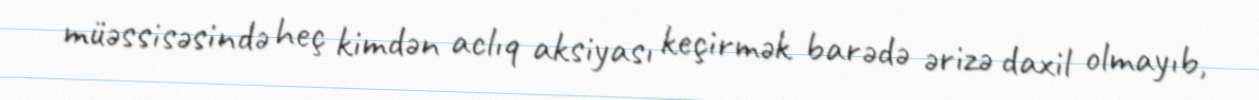
müəssisəsində heç kimdən aclıq aksiyası keçirmək barədə ərizə daxil olmayıb,